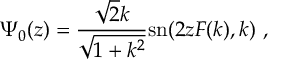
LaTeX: \Psi _ { 0 } ( z ) = { \frac { \sqrt { 2 } k } { \sqrt { 1 + k ^ { 2 } } } } \mathrm { s n } ( 2 z F ( k ) , k ) \ ,